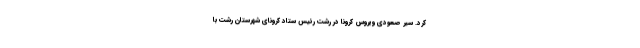
کرد. سیر صعودی ویروس کرونا در رشت رئیس ستاد کرونای شهرستان رشت با